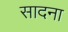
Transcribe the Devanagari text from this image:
सादना